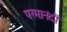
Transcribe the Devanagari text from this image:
परमानंदीं